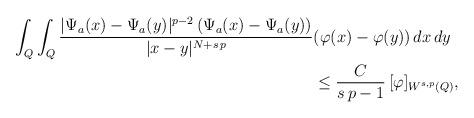
LaTeX: \begin{align*} \int_{Q} \int_{Q} \frac{|\Psi_a(x)-\Psi_a(y)|^{p-2}\,(\Psi_a(x) - \Psi_a(y)) }{|x-y|^{N+s\,p}}&(\varphi(x)-\varphi(y))\,dx\,dy\\&\leq \frac{C}{s\,p-1}\,[\varphi]_{W^{s,p}(Q)},\end{align*}